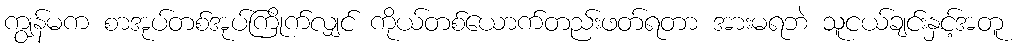
ကျွန်မက စာအုပ်တစ်အုပ်ကြိုက်လျှင် ကိုယ်တစ်ယောက်တည်းဖတ်ရတာ အားမရဘဲ သူငယ်ချင်းနှင့်အတူ